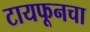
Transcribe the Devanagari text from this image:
टायफूनचा